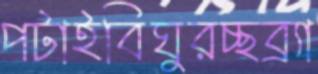
পটাইবিঘুরচ্ছব্র্যা